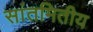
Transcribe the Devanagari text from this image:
सांतमितीय